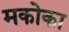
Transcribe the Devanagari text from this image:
मकोका